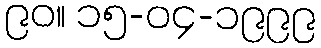
၉၀။ ၁၅-၀၄-၁၉၉၉